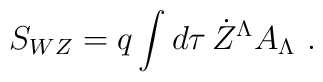
S_{WZ}= q \int d\tau\, \dot Z^\Lambda A_\Lambda   \ .